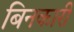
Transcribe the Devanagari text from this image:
बिनकारी